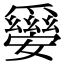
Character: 𤕀